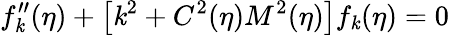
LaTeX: f_{\mathit{k}}^{\prime\prime}(\eta)+\left[\mathit{k}^{2}+C^{2}(\eta)M^{2}(\eta)\right]f_{\mathit{k}}(\eta)=0